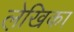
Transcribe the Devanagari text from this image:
ले़खिका